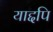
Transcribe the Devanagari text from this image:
याद्दपि